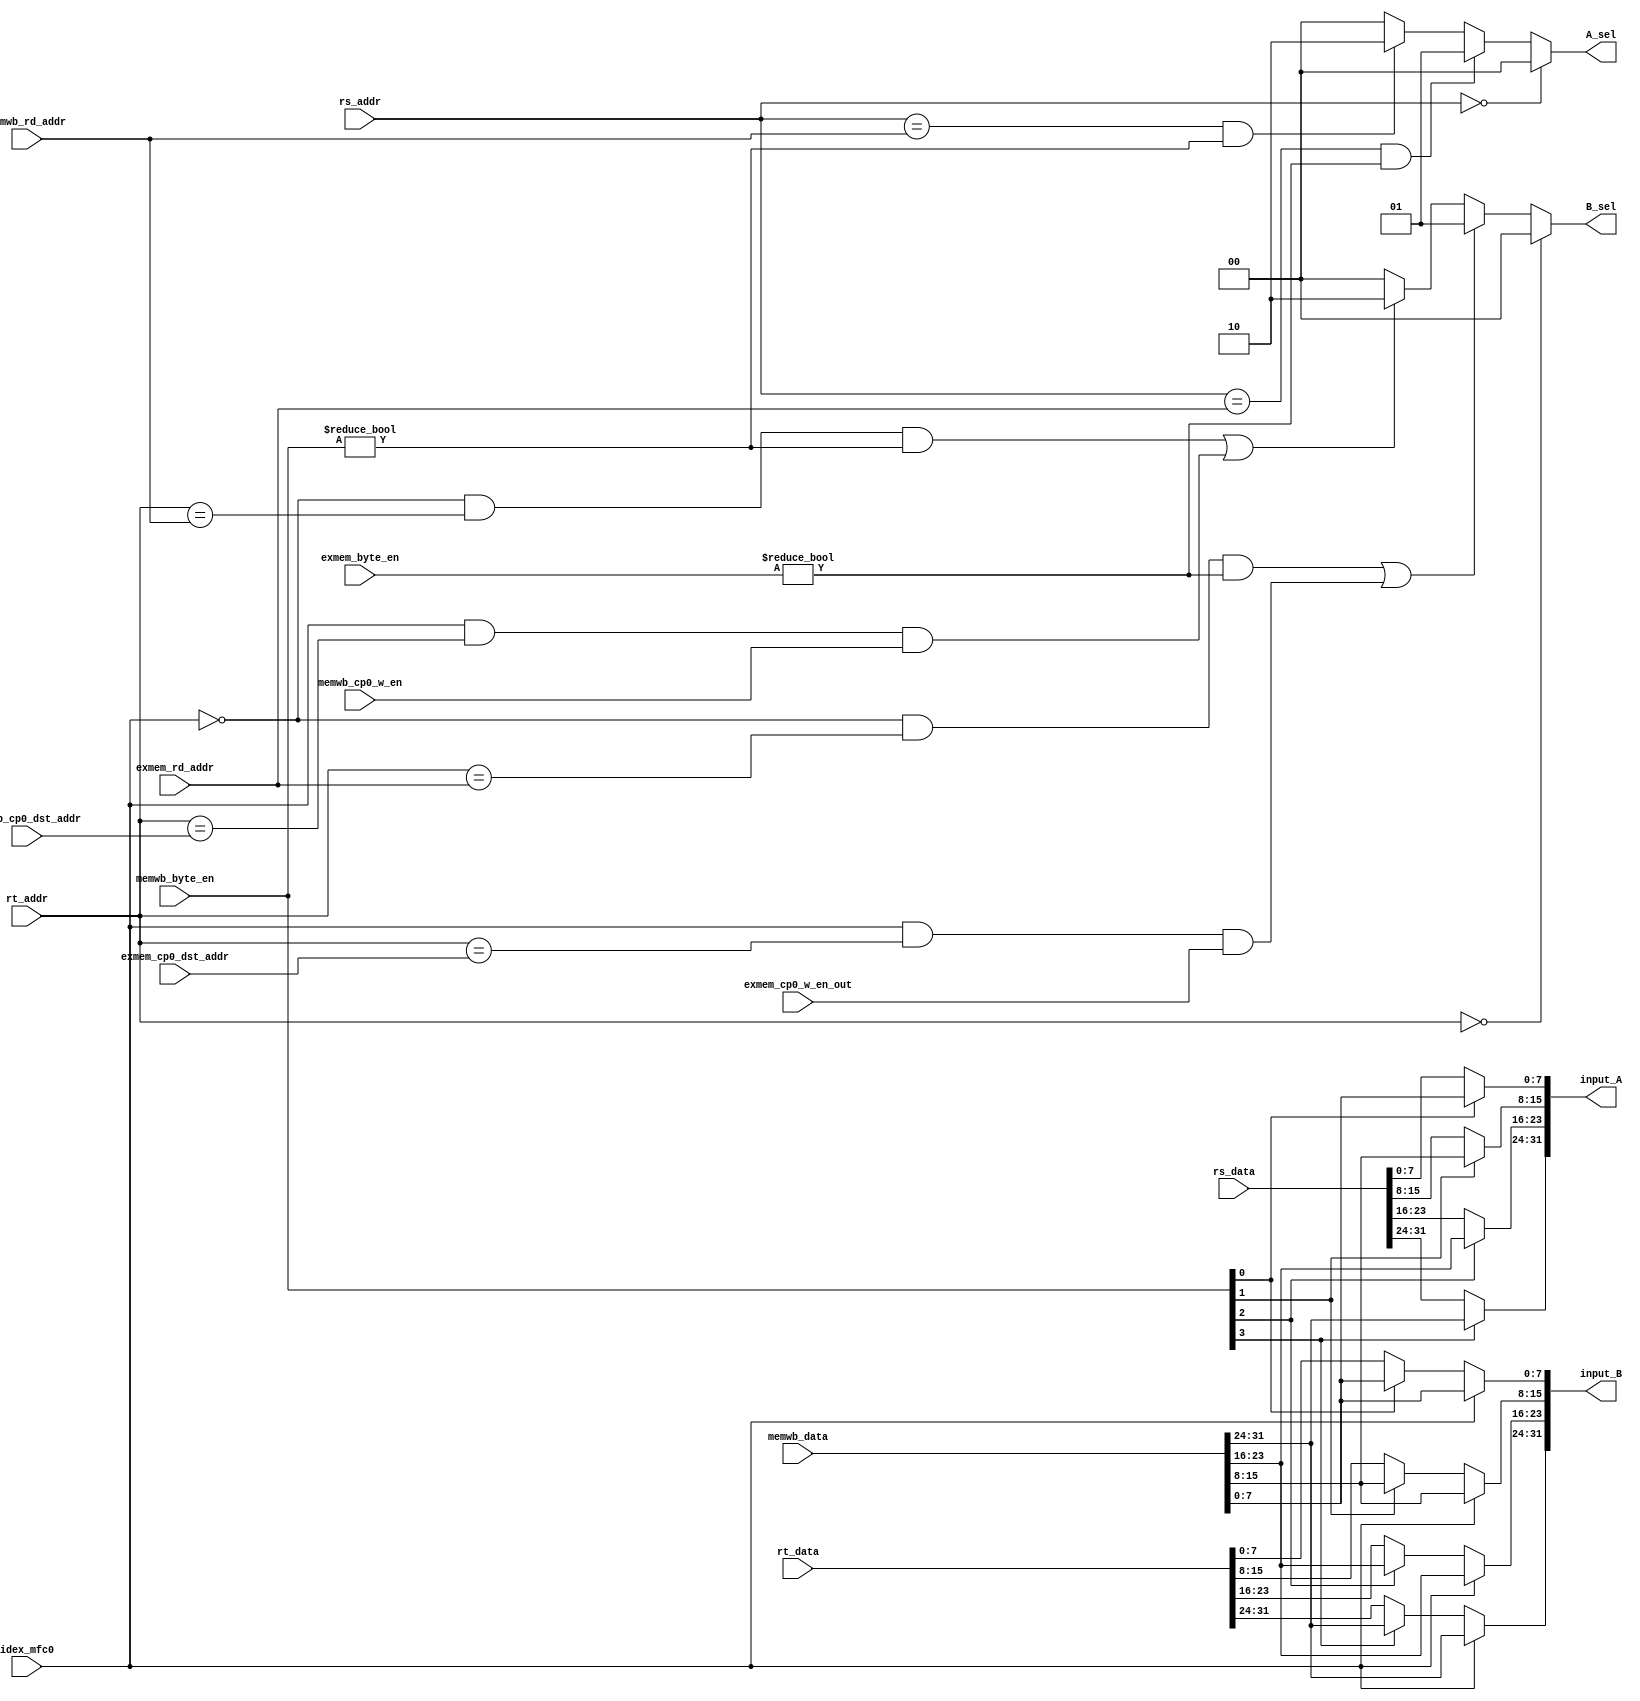
`timescale 1ns / 1ps


module FU(
    input [4:0] rs_addr,
    input [31:0] rs_data,
    input [4:0] rt_addr,
    input [31:0] rt_data,
	
	input idex_mfc0,

	input [4:0] exmem_rd_addr,
    input [3:0] exmem_byte_en,
	input [4:0] exmem_cp0_dst_addr,
	input exmem_cp0_w_en_out,

    input [3:0] memwb_byte_en,
    input [31:0] memwb_data,
    input [4:0] memwb_rd_addr,
	input [4:0] memwb_cp0_dst_addr,
	input memwb_cp0_w_en,

    output [31:0] input_A,
    output reg [1:0] A_sel,
    output reg [31:0] input_B,
    output reg [1:0] B_sel
    );

    assign input_A[7:0]     = (memwb_byte_en[0]==1'b0) ? rs_data[7:0]     :   memwb_data[7:0]  ;
    assign input_A[15:8]    = (memwb_byte_en[1]==1'b0) ? rs_data[15:8]    :   memwb_data[15:8] ;
    assign input_A[23:16]   = (memwb_byte_en[2]==1'b0) ? rs_data[23:16]   :   memwb_data[23:16];
    assign input_A[31:24]   = (memwb_byte_en[3]==1'b0) ? rs_data[31:24]   :   memwb_data[31:24];

	always @ (*) begin
	    if(idex_mfc0)
		    input_B = memwb_data;
		else begin
            input_B[7:0]     = (memwb_byte_en[0]==1'b0) ? rt_data[7:0]     :   memwb_data[7:0]  ;
            input_B[15:8]    = (memwb_byte_en[1]==1'b0) ? rt_data[15:8]    :   memwb_data[15:8] ;
            input_B[23:16]   = (memwb_byte_en[2]==1'b0) ? rt_data[23:16]   :   memwb_data[23:16];
            input_B[31:24]   = (memwb_byte_en[3]==1'b0) ? rt_data[31:24]   :   memwb_data[31:24];
	    end
    end

    always @ (*) begin
        if(rs_addr==0)
            A_sel = 0;
        else if( (rs_addr == exmem_rd_addr) && (exmem_byte_en != 4'b0000) )
            A_sel = 1;
        else if( (rs_addr == memwb_rd_addr) && (memwb_byte_en != 4'b0000) )
            A_sel = 2;
        else
            A_sel = 0;
    end

    always @ (*) begin
        if(rt_addr==0)
            B_sel = 0;
        else if( ( (~idex_mfc0) & (rt_addr == exmem_rd_addr) & (exmem_byte_en != 4'b0000) )
		||  ( (idex_mfc0)  & (rt_addr == exmem_cp0_dst_addr) & (exmem_cp0_w_en_out)  )
		)
            B_sel = 1;
        else if( ( (~idex_mfc0) & (rt_addr == memwb_rd_addr) & (memwb_byte_en != 4'b0000) )
		||  ( (idex_mfc0)  & (rt_addr == memwb_cp0_dst_addr) & (memwb_cp0_w_en)  )
		)
            B_sel = 2;
        else
            B_sel = 0;
    end

endmodule